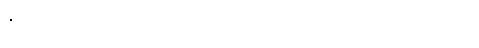
ဒီဖိနပ်ကို စီးရင်း ခြေထောက်က အဆင်ပြေမယ် ထင်တယ်။